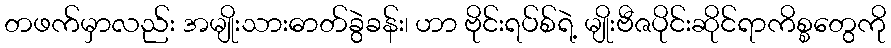
တဖက်မှာလည်း အမျိုးသားဓာတ်ခွဲခန်း၊ ဟာ ဗိုင်းရပ်စ်ရဲ့ မျိုးဗီဇပိုင်းဆိုင်ရာကိစ္စတွေကို